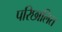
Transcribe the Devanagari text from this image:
परिछालित